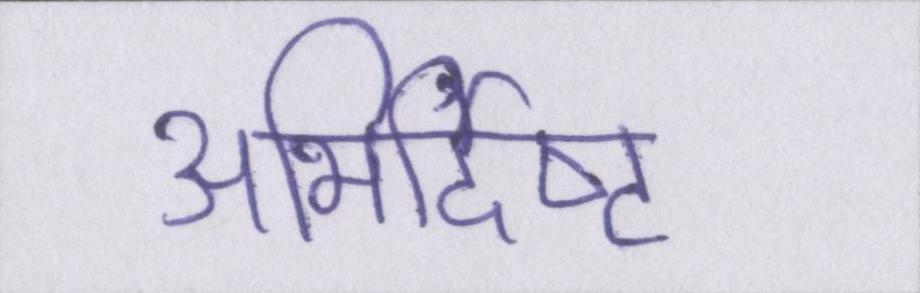
अभिर्दिष्ट